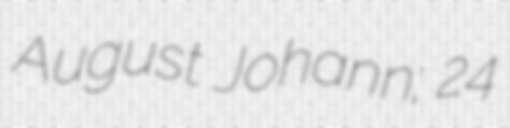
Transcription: August Johann; 24